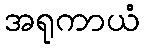
အရုကာယံ